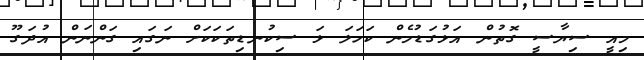
މިއީ ސިޔާސީ ގޮތުން އަޅުގަޑުމެން ކަހަލަ ޅަ ސިކުނޑިތަކަކަށް ނަގައި ގަންނަން އުދަގޫ